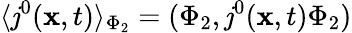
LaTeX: \langle\mathit{j}^{0}({\mathbf{x}},t)\rangle_{\Phi_{2}}=(\Phi_{2},\mathit{j}^{0}({\mathbf{x}},t)\Phi_{2})